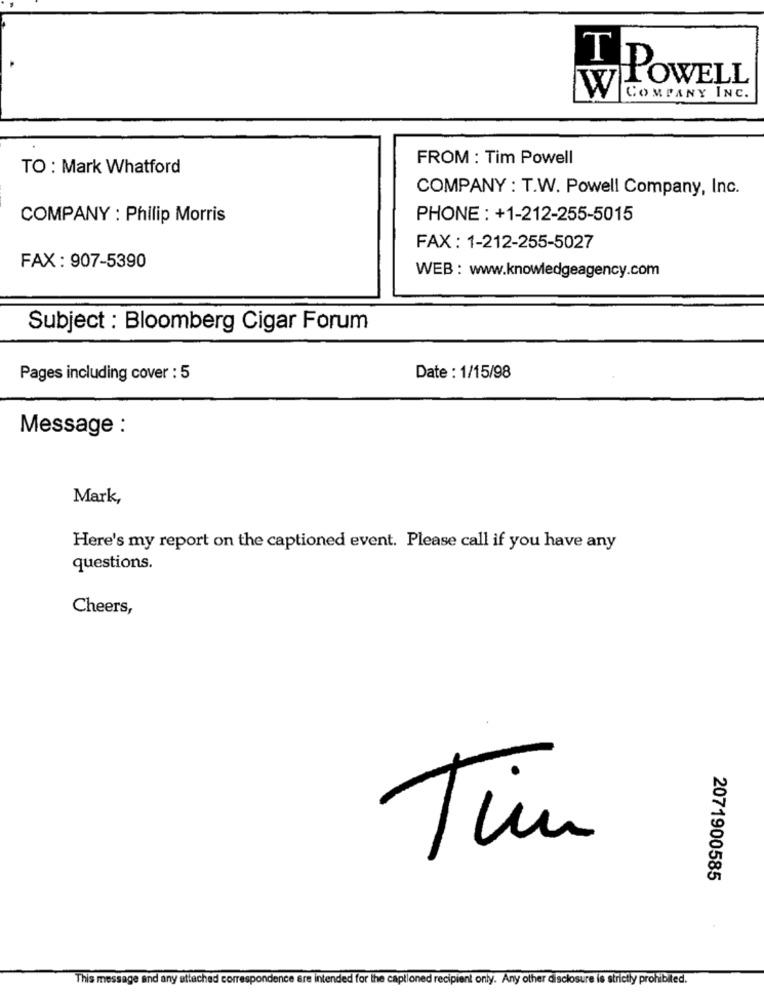
POWELL
W COMPANY INC.
FROM : Tim Powell
TO : Mark Whatford
COMPANY : T.W. Powell Company, Inc.
COMPANY : Philip Morris
PHONE : +1-212-255-5015
FAX : 1-212-255-5027
FAX : 907-5390
WEB : www.knowledgeagency.com
Subject : Bloomberg Cigar Forum
Pages including cover : 5
Date : 1/15/98
Message :
Mark,
Here's my report on the captioned event. Please call if you have any
questions.
Cheers,
Tim
2071900585
This message and any attached correspondence are intended for the captioned recipient only. Any other disclosure is strictly prohibited.